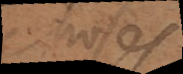
les